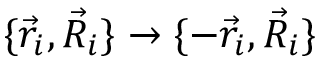
\{ \vec { r } _ { i } , \vec { R } _ { i } \} \rightarrow \{ - \vec { r } _ { i } , \vec { R } _ { i } \}